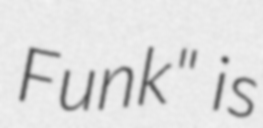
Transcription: Funk" is